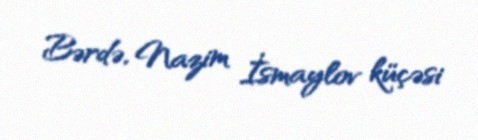
Bərdə, Nazim İsmaylov küçəsi